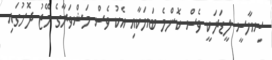
ސިޔާސީ ލީޑަރަކީ ވެސް ކޮންމެ ބަޔަކާއި އެކު ވެސް މަޝްވަރާގެ މޭޒު ދޮށުގައި